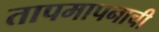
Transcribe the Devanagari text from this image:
तापमापनाची